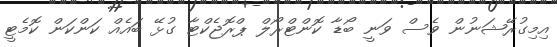
އިމިގުރޭޝަނުން ވެސް ވަނީ ބޯޑާ ކޮންޓްރޯލް ޕްރޮޖެކްޓާ ގުޅޭ ބައެއް ކަންކަން ކޮމެޓީ